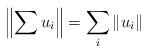
LaTeX: \begin{align*}\left\|\sum u_{i}\right\|=\sum_{i}\|u_{i}\|\end{align*}